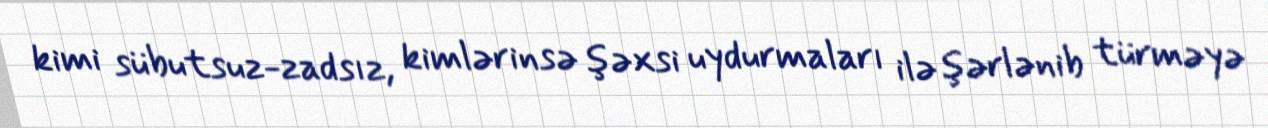
kimi sübutsuz-zadsız, kimlərinsə şəxsi uydurmaları ilə şərlənib türməyə